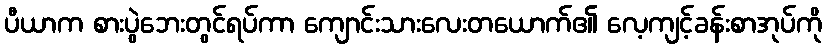
ပီယာက စားပွဲဘေးတွင်ရပ်ကာ ကျောင်းသားလေးတယောက်၏ လေ့ကျင့်ခန်းစာအုပ်ကို